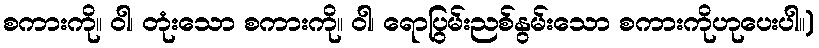
စကားကို။ ဝါ၊ တုံးသော စကားကို။ ဝါ၊ ရောပြွမ်းညစ်နွမ်းသော စကားကိုဟုပေးပါ။)